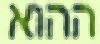
ההוא